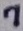
Text: 7